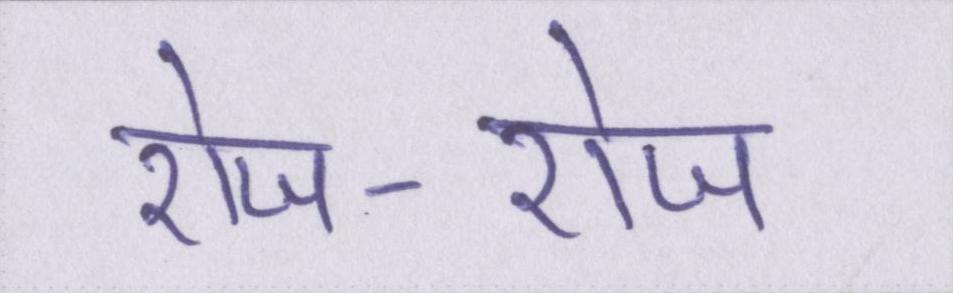
रोज-रोज